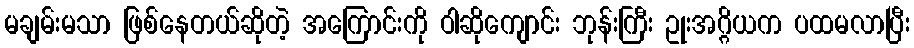
မချမ်းမသာ ဖြစ်နေတယ်ဆိုတဲ့ အကြောင်းကို ဝါဆိုကျောင်း ဘုန်းကြီး ဥုးအဂ္ဂိယက ပထမလာပြီး